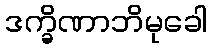
ဒက္ခိဏာဘိမုခေါ